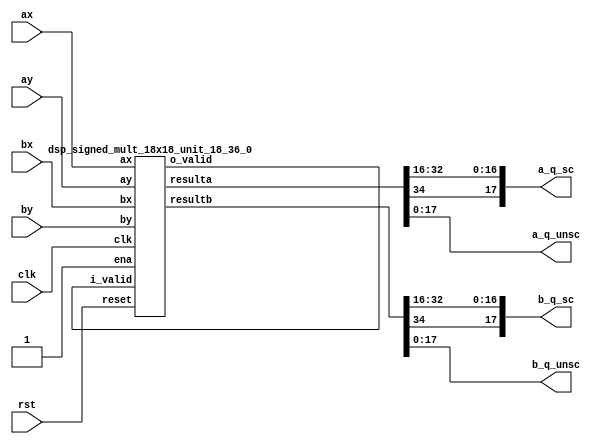
`define SIMULATION_MEMORY

module multfix_alt_dsp_18 (
	input [17:0] ax,
	input [17:0] ay,
	input [17:0] bx,
	input [17:0] by,
	input clk,
	output [17:0] a_q_sc,
	output [17:0] a_q_unsc,
	output [17:0] b_q_sc,
	output [17:0] b_q_unsc,
	input rst
);

wire [35:0] a_res;
wire [35:0] b_res;

assign a_q_unsc = a_res[17:0];
assign a_q_sc = {a_res[35-1], a_res[32			:16]};
assign b_q_unsc = b_res[17:0];
assign b_q_sc = {b_res[35-1], b_res[32			:16]};

dsp_signed_mult_18x18_unit_18_36_0 dsp_signed_mult_18x18_unit_18_36_0_inst (
	.clk(clk),
	.ena(1'b1),
	.reset(rst),
	.i_valid(),
	.o_valid(),
	.ax(ax),
	.ay(ay),
	.bx(bx),
	.by(by),
	.resulta(a_res),
	.resultb(b_res)
);

endmodule
module dsp_signed_mult_18x18_unit_18_36_0 (
	input clk,
	input reset,
	input ena,
	input i_valid,
	input [17:0] ax,
	input [17:0] ay,
	input [17:0] bx,
	input [17:0] by,
	output o_valid,
	output [35:0] resulta,
	output [35:0] resultb 
);

reg [35:0] reg_resa, reg_resb;
always @(posedge clk) begin
	reg_resa <= ax * ay;
	reg_resb <= bx * by;
end
assign resulta = reg_resa;
assign resultb = reg_resb;
reg input_valid, result_valid, output_valid;
always @ (posedge clk) begin
	if (reset) begin
		output_valid <= 1'b0;
		input_valid <= 1'b0;
		result_valid <= 1'b0;
	end else if (ena) begin
		input_valid <= i_valid;
		result_valid <= input_valid;
		output_valid <= result_valid;
	end
end
assign o_valid = output_valid;

endmodule